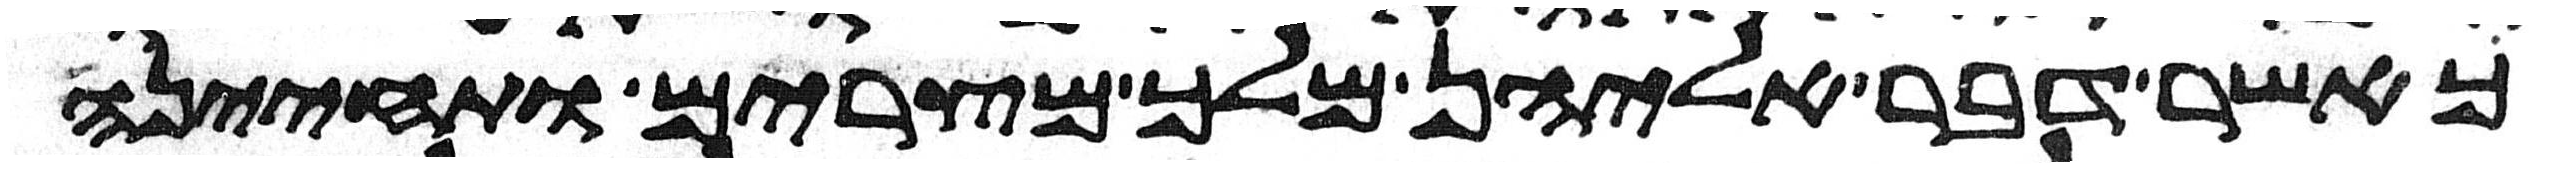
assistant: כאשר דבר אליהן מלך מצרים ותחינה